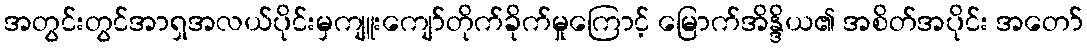
အတွင်းတွင်အာရှအလယ်ပိုင်းမှကျူးကျော်တိုက်ခိုက်မှုကြောင့် မြောက်အိန္ဒိယ၏ အစိတ်အပိုင်း အတော်